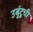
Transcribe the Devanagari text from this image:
उबुंटुची